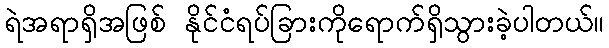
ရဲအရာရှိအဖြစ် နိုင်ငံရပ်ခြားကိုရောက်ရှိသွားခဲ့ပါတယ်။